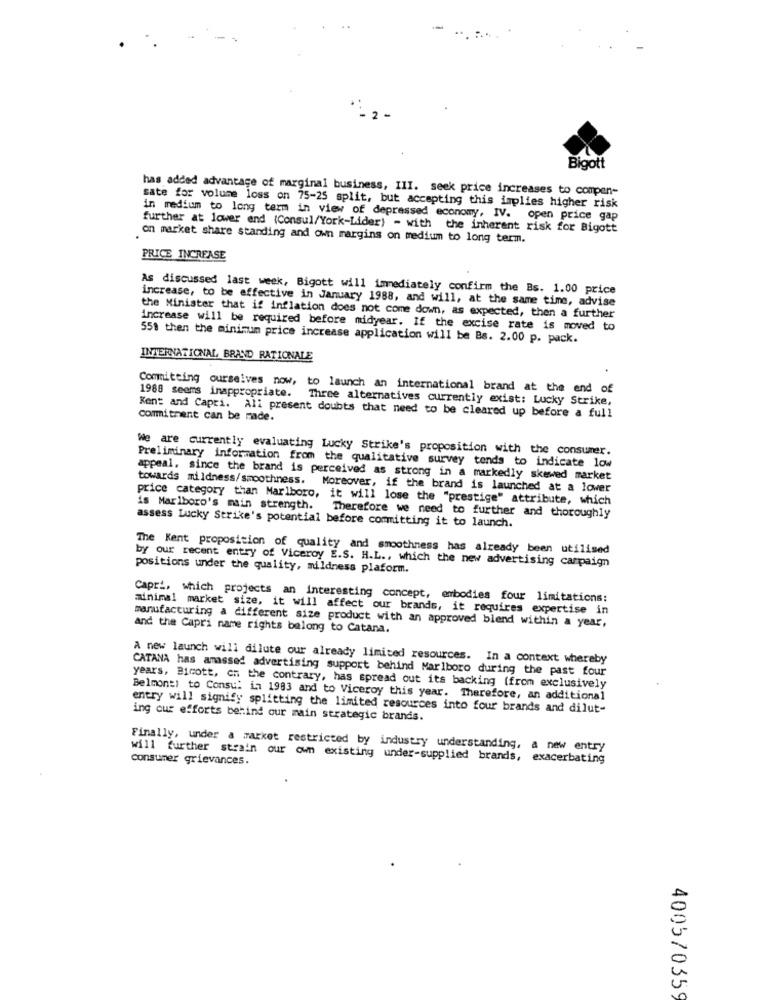
-
Bigott
has added advantage of marginal business, III. seek price increases to compen-
sate for volume loss on 75-25 split, but accepting this implies higher risk
in medium to long term in view of depressed economy, IV. open price gap
further at lower end (Consul/York-Lider) - with the inherent risk for Bigott
on market share standing and own margins on medium to long term.
PRICE INCREASE
As discussed last week, Bigott will immediately confirm the Bs. 1.00 price
increase, to be effective in January 1988, and will, at the same time, advise
the Minister that if inflation does not come down, as expected, then a further
increase will be required before midyear. If the excise rate is moved to
551 then the minimum price increase application will be Bs. 2.00 p. pack.
INTERNATIONAL, BRAND RATIONALE
Committing ourselves now, to launch an international brand at the end of
1988 seems inappropriate.
Three alternatives currently exist: Lucky Strike,
Kent and Capri. All present doubts that need to be cleared up before a full
commitment can be made.
We are currently evaluating Lucky Strike's proposition with the consumer.
Preliminary information from the qualitative survey tends to indicate low
appeal. since the brand is perceived as strong in a markedly skewed market
towards mildness/smoothness. Moreover, if the brand is launched at a lower
price category than Marlboro, it will lose the "prestige" attribute, which
is Marlboro's main strength. Therefore we need to further and thoroughly
assess Lucky Strike's potential before committing it to launch.
The Kent proposition of quality and smoothness has already been utilised
by our recent entry of Viceroy E.S. H.L ., which the new advertising campaign
positions under the quality, mildness plaform.
Capri, which projects an interesting concept, embodies four limitations:
minimal market size, it will affect our brands, it requires expertise in
manufacturing a different size product with an approved blend within a year,
and the Capri name rights belong to Catana.
A new launch will dilute our already limited resources. In a context whereby
CATANA has amassed advertising support behind Marlboro during the past four
years, Bicott, ch the contrary, has spread out its backing (from exclusively
Belmont! to Consu! in 1983 and to Viceroy this year. Therefore, an additional
entry will signify splitting the limited resources into four brands and dilut-
ing our efforts behind our main strategic brands.
Finally, under a market restricted by industry understanding, a new entry
consumer grievances.
will further strain our own existing under-supplied brands, exacerbating
4005/0359